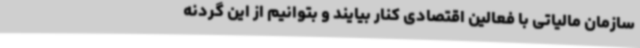
سازمان مالیاتی با فعالین اقتصادی کنار بیایند و بتوانیم از این گردنه